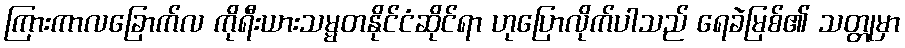
ကြားကာလခြောက်လ ကိုရီးယားသမ္မတနိုင်ငံဆိုင်ရာ ဟုပြောလိုက်ပါသည် ရေခဲမြစ်၏ သတ္တုမှာ